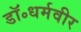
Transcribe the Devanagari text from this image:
डॉ॰धर्मवीर